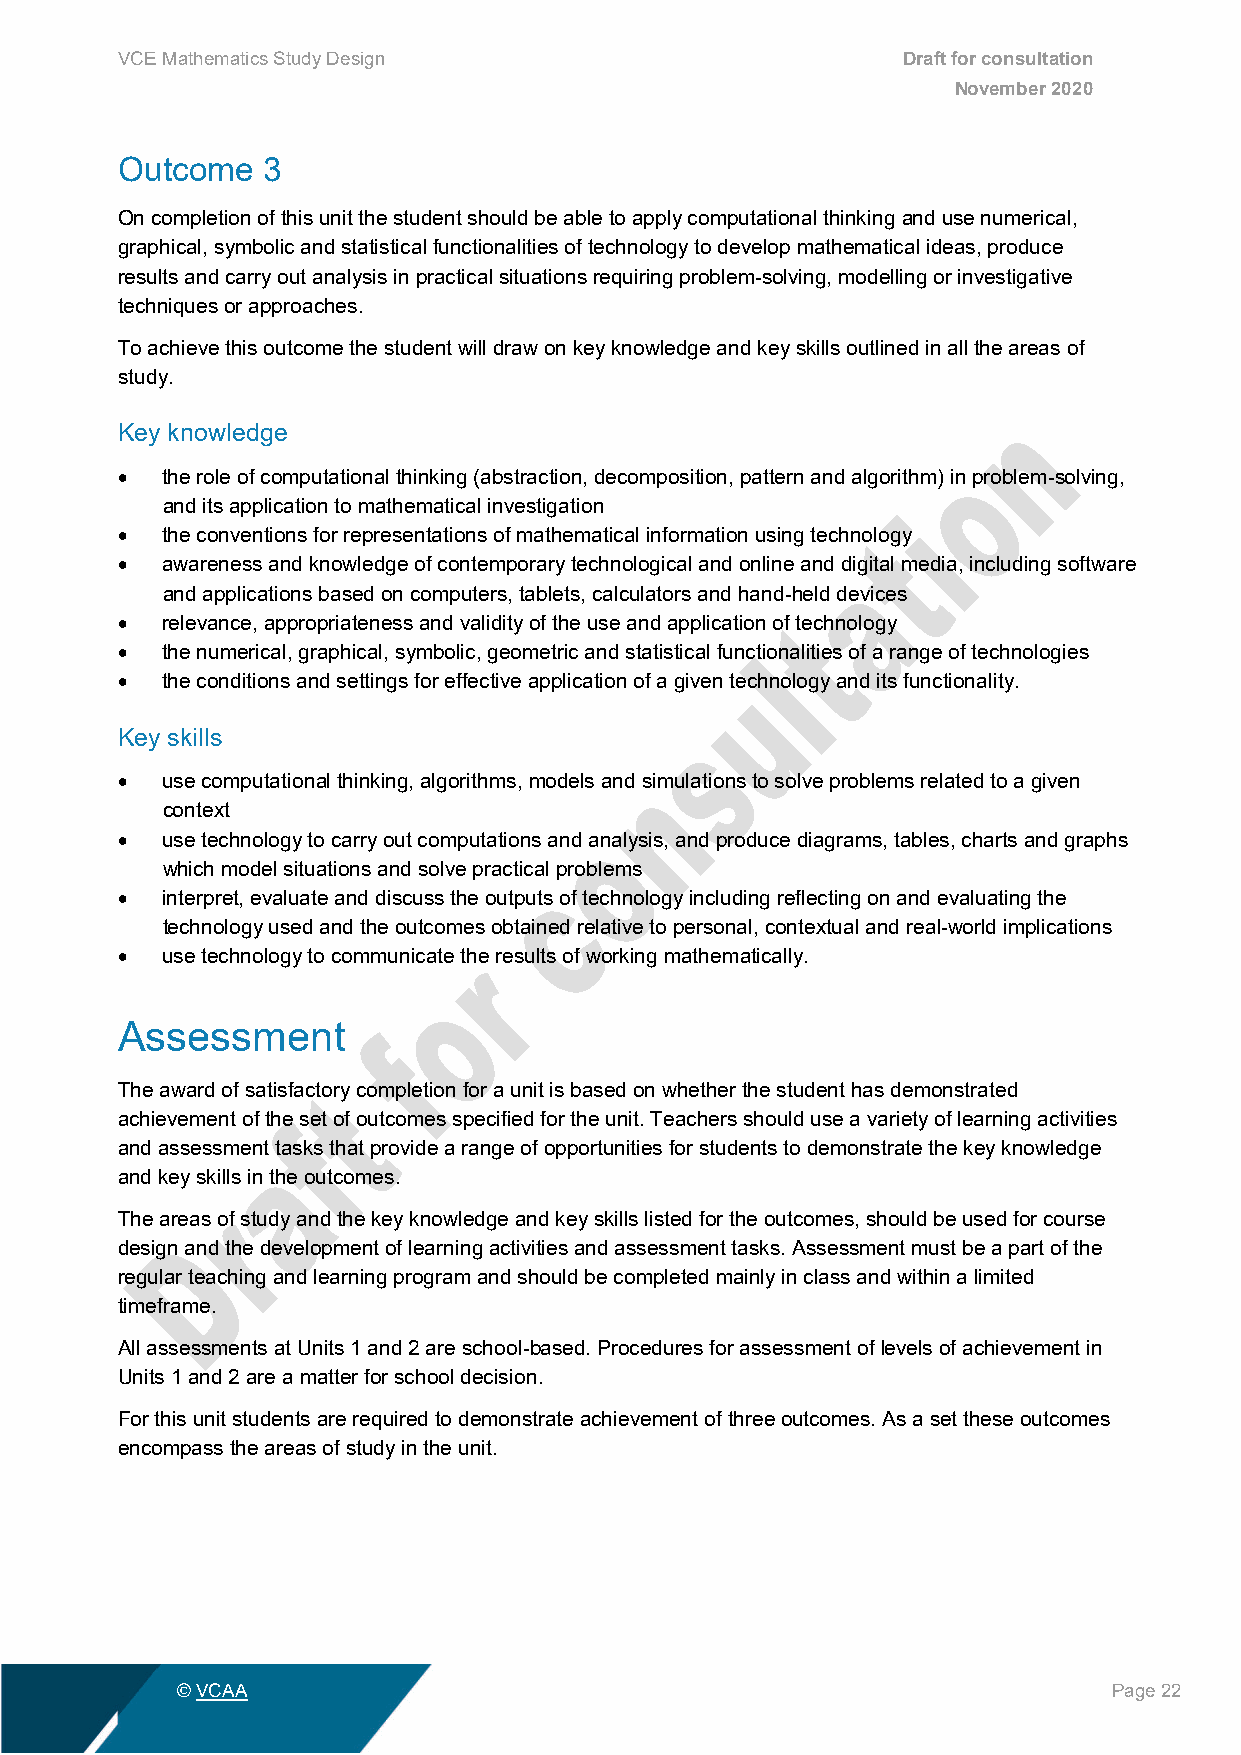
VCE Mathematics Study Design                        Draft for consultation
 November 2020
 Outcome  3
 On completion of this unit the student should be able to apply computational thinking and use numerical,
 graphical, symbolic and statistical functionalities of technology to develop mathematical ideas, produce
 results and carry out analysis in practical situations requiring problem-solving, modelling or investigative
 techniques or approaches.
 To achieve this outcome the student will draw on key knowledge and key skills outlined in all the areas of
 study.
 Key knowledge
 •  the role of computational thinking (abstraction, decomposition, pattern and algorithm) in problem-solving,
 and its application to mathematical investigation
 •  the conventions for representations of mathematical information using technology
 •  awareness and knowledge of contemporary technological and online and digital media, including software
 and applications based on computers, tablets, calculators and hand-held devices
 •  relevance, appropriateness and validity of the use and application of technology
 •  the numerical, graphical, symbolic, geometric and statistical functionalities of a range of technologies
 •  the conditions and settings for effective application of a given technology and its functionality.
 Key skills
 •  use computational thinking, algorithms, models and simulations to solve problems related to a given
 context
 •  use technology to carry out computations and analysis, and produce diagrams, tables, charts and graphs
 which model situations and solve practical problems
 •  interpret, evaluate and discuss the outputs of technology including reflecting on and evaluating the
 technology used and the outcomes obtained relative to personal, contextual and real-world implications
 •  use technology to communicate the results of working mathematically.
 Assessment
 The award of satisfactory completion for a unit is based on whether the student has demonstrated
 achievement of the set of outcomes specified for the unit. Teachers should use a variety of learning activities
 and assessment tasks that provide a range of opportunities for students to demonstrate the key knowledge
 and key skills in the outcomes.
 The areas of study and the key knowledge and key skills listed for the outcomes, should be used for course
 design and the development of learning activities and assessment tasks. Assessment must be a part of the
 regular teaching and learning program and should be completed mainly in class and within a limited
 timeframe.
 All assessments at Units 1 and 2 are school-based. Procedures for assessment of levels of achievement in
 Units 1 and 2 are a matter for school decision.
 For this unit students are required to demonstrate achievement of three outcomes. As a set these outcomes
 encompass the areas of study in the unit.
 © VCAA                                                        Page 22